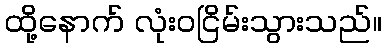
ထို့နောက် လုံးဝငြိမ်းသွားသည်။